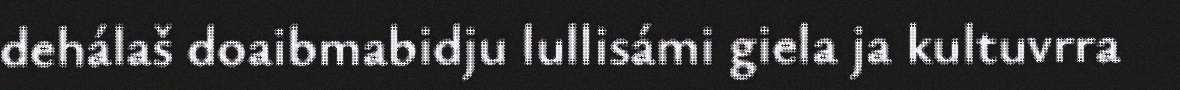
dehálaš doaibmabidju lullisámi giela ja kultuvrra